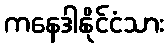
ကနေဒါနိုင်ငံသား